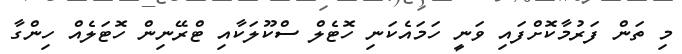
މި ތަން ފަރުމާކޮށްފައި ވަނީ ހަމައެކަނި ހޮޓެލް ސްކޫލަކާއި ޓްރޭނިން ހޮޓަލެއް ހިންގާ